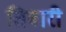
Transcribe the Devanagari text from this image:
तिबारी